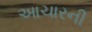
આચારની